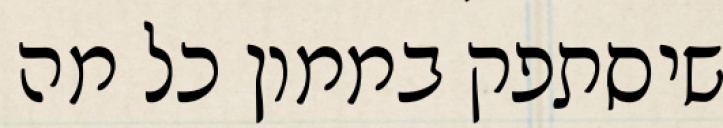
שיסתפק בממון כל מה